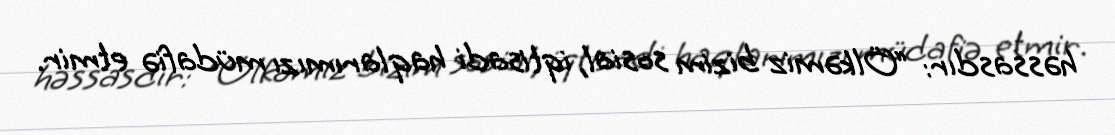
həssasdır: “Ölkəmiz bizim sosial, iqtisadi haqlarımızı müdafiə etmir.